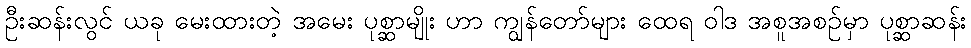
ဦးဆန်းလွင် ယခု မေးထားတဲ့ အမေး ပုစ္ဆာမျိုး ဟာ ကျွန်တော်များ ထေရ ဝါဒ အစူအစဉ်မှာ ပုစ္ဆာဆန်း